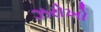
ઝરોખો